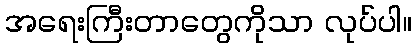
အရေးကြီးတာတွေကိုသာ လုပ်ပါ။